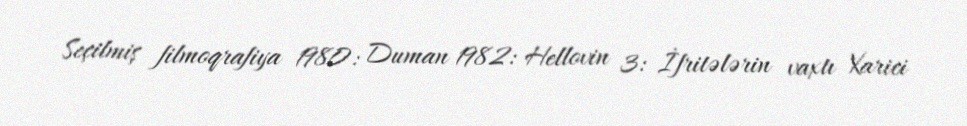
Seçilmiş filmoqrafiya 1980: Duman 1982: Hellovin 3: İfritələrin vaxtı Xarici